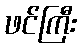
ဖင်ကြီး